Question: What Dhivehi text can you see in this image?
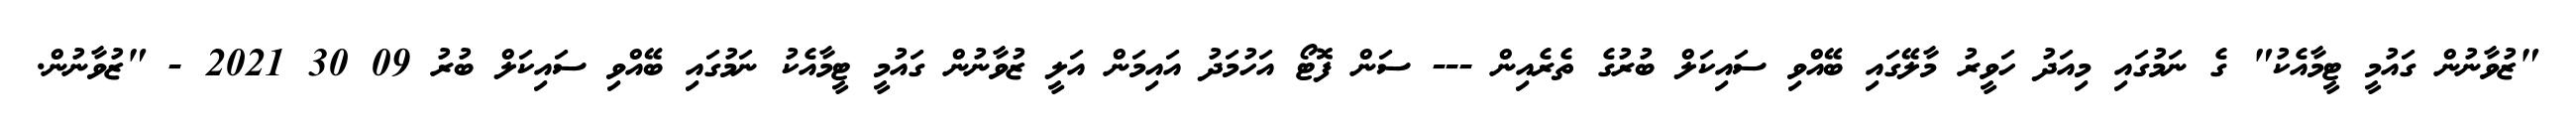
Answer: "ޒުވާނުން ގައުމީ ޓީމާއެކު" ގެ ނަމުގައި މިއަދު ހަވީރު މާލޭގައި ބޭއްވި ސައިކަލް ބުރުގެ ތެރެއިން --- ސަން ފޮޓޯ އަހުމަދު އައިމަން އަލީ ޒުވާނުން ގައުމީ ޓީމާއެކު ނަމުގައި ބޭއްވި ސައިކަލް ބުރު 09 30 2021 - "ޒުވާނުން.